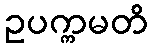
ဥပက္ကမတိ